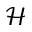
\mathcal H